Report of the King Institute of Preventive Medicine, Guindy
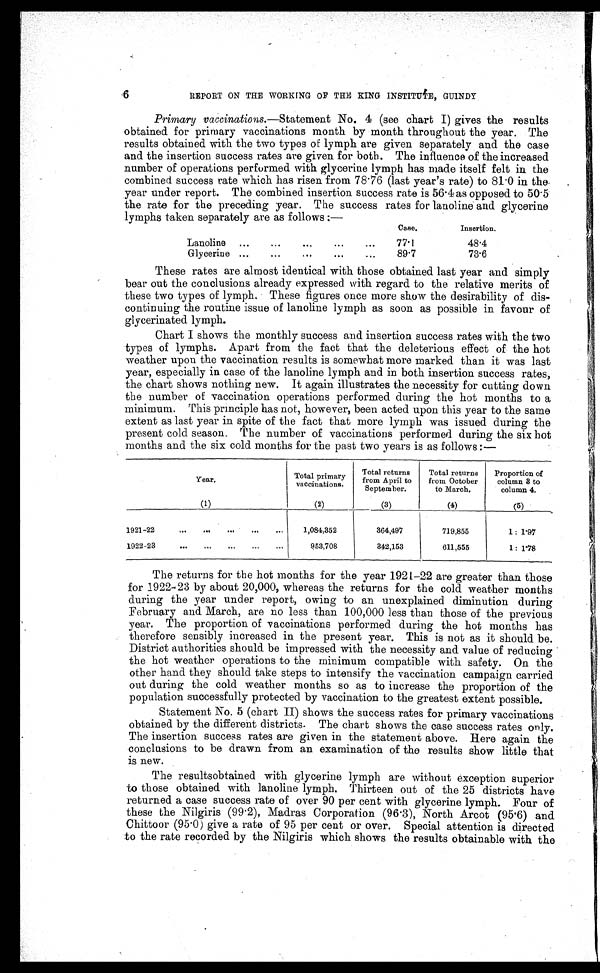
6
REPORT ON THE WORKING OF THE KING INSTUTE, GUINDY
Primary vaccinations.—Statement No. 4 (see chart I) gives the results
obtained for primary vaccinations month by month throughout the year. The
results obtained with the two types of lymph are given separately and the case
and the insertion success rates are given for both. The influence of the increased
number of operations performed with glycerine lymph has made itself felt in. the
combined success rate which has risen from 78-76 (last year's rate) to 81-0 in the,
year under report. The combined insertion success rate is 56 .4 as opposed to 50-5
the rate for the preceding year. The success rates for lanoline and glycerine
lymphs taken separately are as follows :—
. . .
Case.
Insertion.
6 6 .
Lanoline
...
...
...
...
77.1
48.4
Glycerine ...
...
l ..
. ..
. 6.
89.7
73.6
These rates are almost identical with those obtained last year and simply
bear out the conclusions already expressed with regard to the relative merits of
these two types of lymph. These figures once more show the desirability of dis-
continuing the routine issue of lanoline lymph as soon as possible in favour of
glycerinated lymph.
Chart I shows the monthly success and insertion success rates with the two
types of lymphs. Apart from the fact that the deleterious effect of the hot
weather upon the vaccination results is somewhat more marked than it was last
year, especially in case of the lanoline lymph and in both insertion success rates,
the chart shows nothing new. It again illustrates the necessity for cutting down
the number of vaccination operations performed during the hot months to a
minimum. This principle has not, however, been acted upon this year to the same
extent as last year in spite of the fact that more lymph was issued during the
present cold season. The number of vaccinations performed during the six hot
months and the six cold months for the past two years is as follows :—
Total primary
Year.
vaccinations.
Total returns
from April to
September.
Total returns
from October
to March,
Proportion of
column 8 to
column 4.
( 1)
_ (2)
(3)
(4)
(5)
1921-22
...
..,
...
...
...
1,084,352
364,497
719,855
1: 1'97
1922-23
...
SOI
...
...
...
953,708
812,153
611,555
1: r78
The returns for the hot months for the year 1921-22 are greater than those
for 1922-23 by about 20,000, whereas the returns for the cold weather months
during the year under report, owing to an unexplained diminution during
February and March, are no less than 100,000 less than those of the previous
year. The proportion of vaccinations performed during the hot months has
therefore sensibly increased in the present year. This is not as it should be.
District authorities should be impressed with the necessity and value of reducing
the hot weather operations to the minimum compatible with safety. On the
other hand they should take steps to intensify the vaccination campaign carried
out during the cold weather months so as to increase the proportion of the
population successfully protected by vaccination to the greatest extent possible.
Statement No. 5 (chart II) shows the success rates for primary vaccinations
obtained by the different districts. The chart shows the case success rates only.
The insertion succe s s rates are given in the statement above. Here again the
conclusions to be drawn from an examination of the results show little that
is new.
The resultsobtained with glycerine lymph are without exception superior
to those obtained with lanoline lymph, Thirteen out of the 25 districts have
returned a case success rate of over 90 per cent with glycerine lymph. Four of
these the Nilgiris (99 . 2), Madras Corporation (96 . 3), North Arcot (95. 6) and
Chittoor (95 . 0) give a rate of 95 per cent or over. Special attention is directed
to the rate recorded by the Nilgiris which shows the results obtainable with. the